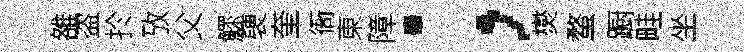
雒盗扵攷父鰥褏奎衙東障；爕蝥蹰畦坐